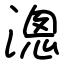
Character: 漗